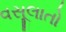
વસૂલાતો